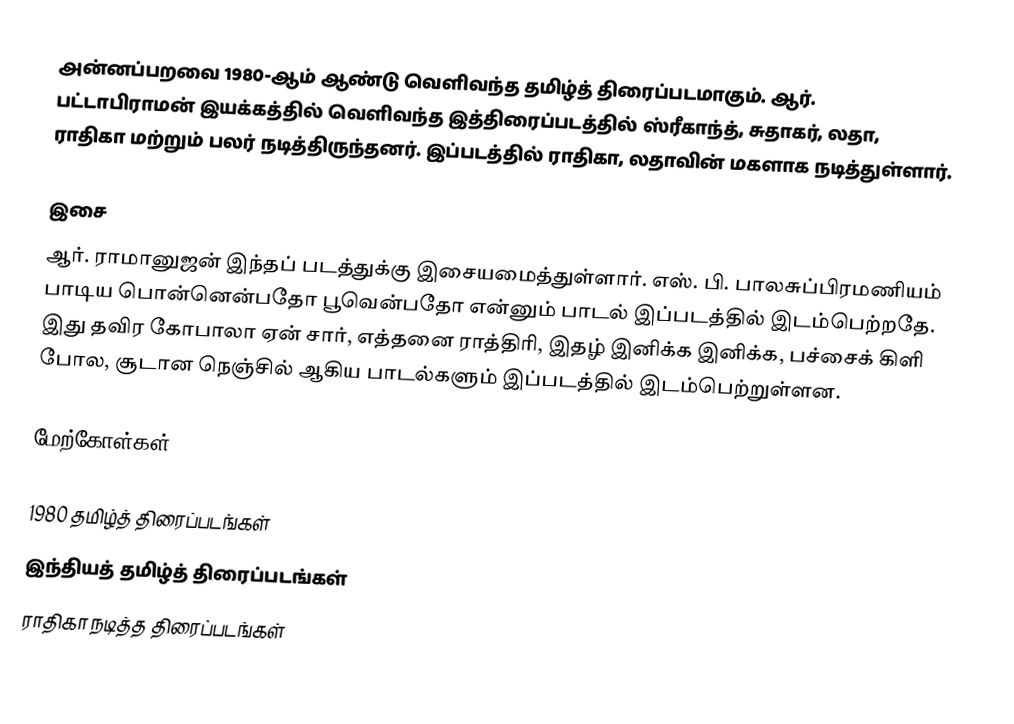
அன்னப்பறவை 1980-ஆம் ஆண்டு வெளிவந்த தமிழ்த் திரைப்படமாகும். ஆர். பட்டாபிராமன் இயக்கத்தில் வெளிவந்த இத்திரைப்படத்தில் ஸ்ரீகாந்த், சுதாகர், லதா, ராதிகா மற்றும் பலர் நடித்திருந்தனர். இப்படத்தில் ராதிகா, லதாவின் மகளாக நடித்துள்ளார்.

இசை
ஆர். ராமானுஜன் இந்தப் படத்துக்கு இசையமைத்துள்ளார். எஸ். பி. பாலசுப்பிரமணியம் பாடிய பொன்னென்பதோ பூவென்பதோ என்னும் பாடல் இப்படத்தில் இடம்பெற்றதே. இது தவிர கோபாலா ஏன் சார், எத்தனை ராத்திரி, இதழ் இனிக்க இனிக்க, பச்சைக் கிளி போல, சூடான நெஞ்சில் ஆகிய பாடல்களும் இப்படத்தில் இடம்பெற்றுள்ளன.

மேற்கோள்கள்

1980 தமிழ்த் திரைப்படங்கள்
இந்தியத் தமிழ்த் திரைப்படங்கள்
ராதிகா நடித்த திரைப்படங்கள்